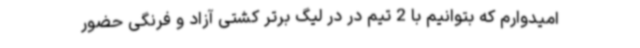
امیدوارم که بتوانیم با 2 تیم در در لیگ برتر کشتی آزاد و فرنگی حضور